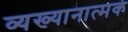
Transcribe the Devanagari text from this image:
व्यख्यानात्मक